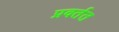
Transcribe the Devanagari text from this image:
प्रवर्तत